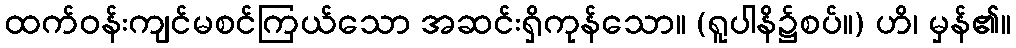
ထက်ဝန်းကျင်မစင်ကြယ်သော အဆင်းရှိကုန်သော။ (ရူပါနိ၌စပ်။) ဟိ၊ မှန်၏။